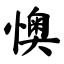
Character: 懊